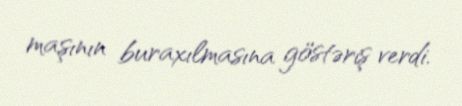
maşının buraxılmasına göstəriş verdi.